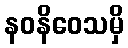
နဝနိဝေသမှိ